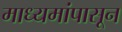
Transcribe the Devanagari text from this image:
माध्यमांपासून